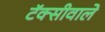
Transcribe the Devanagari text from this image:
टॅक्सीवाले